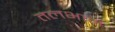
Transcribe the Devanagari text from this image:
तलभाग